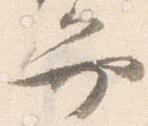
弁